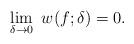
LaTeX: \begin{align*}\lim\limits_{\delta\rightarrow0}~w (f;\delta) = 0.\end{align*}